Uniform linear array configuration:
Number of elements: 4
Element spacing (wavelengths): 0.5
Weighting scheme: blackman
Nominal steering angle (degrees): -15
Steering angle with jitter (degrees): -16.863
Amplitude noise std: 0.05
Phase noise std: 0.05

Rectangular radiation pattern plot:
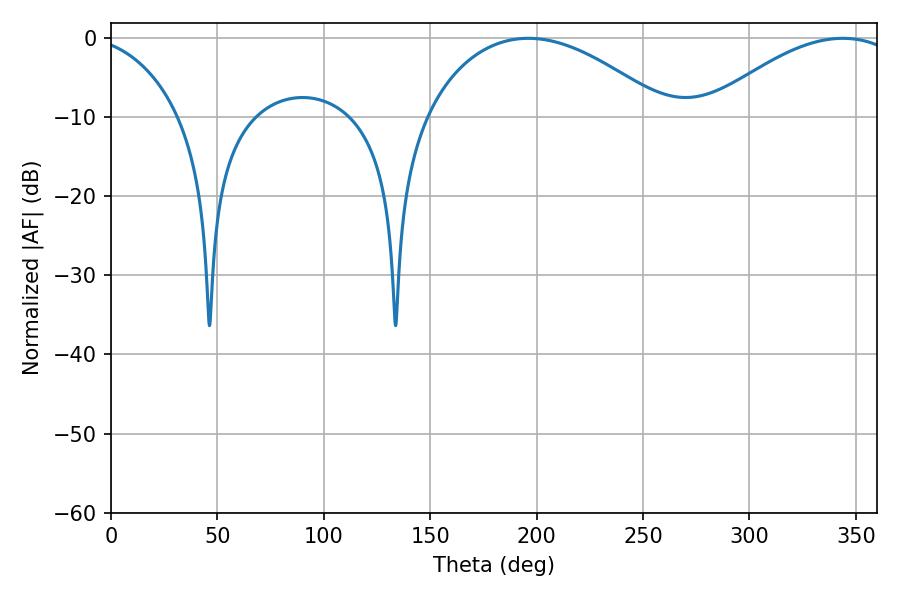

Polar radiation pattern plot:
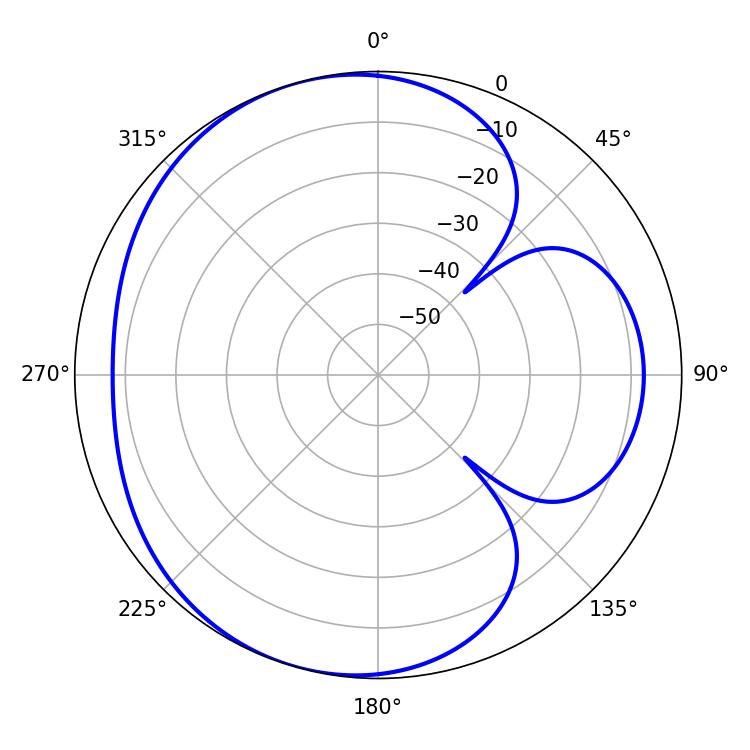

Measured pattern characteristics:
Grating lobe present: FALSE
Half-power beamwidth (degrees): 63.72
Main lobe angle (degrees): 196.02